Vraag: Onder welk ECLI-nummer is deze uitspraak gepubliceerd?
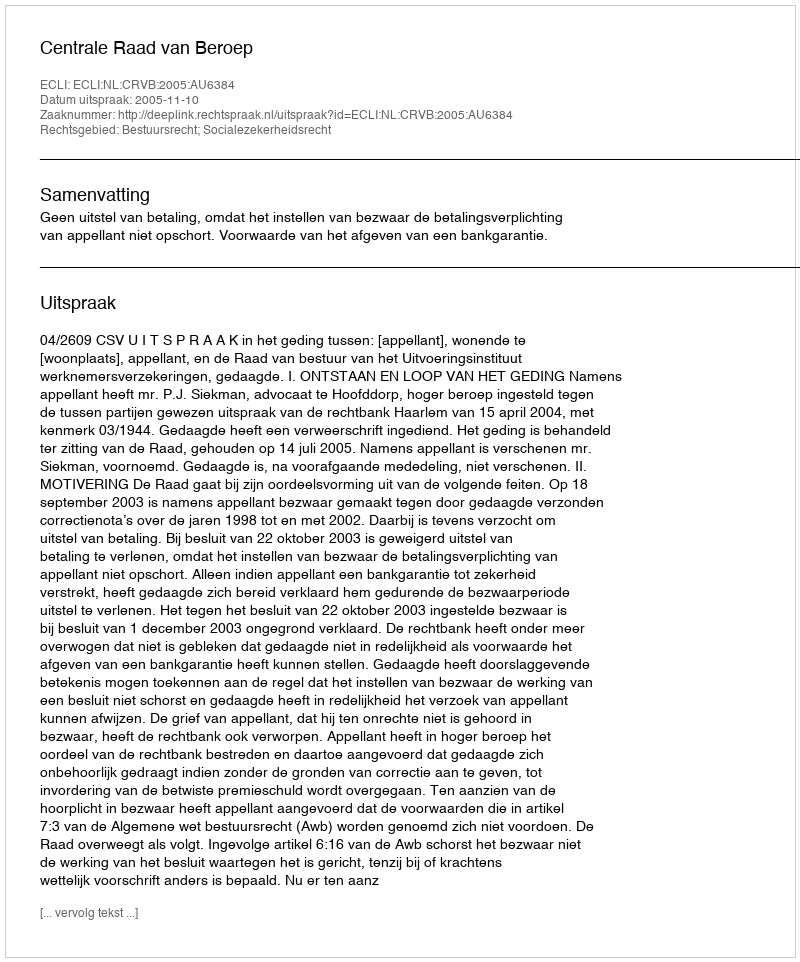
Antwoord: ECLI:NL:CRVB:2005:AU6384